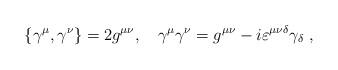
LaTeX: \begin{align*}\{\gamma^{\mu},\gamma^{\nu}\}=2g^{\mu\nu}, \hspace{0.4cm}\gamma^{\mu}\gamma^{\nu}=g^{\mu\nu}-i\varepsilon ^{\mu\nu\delta}\gamma_{\delta}\; ,\end{align*}